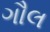
ગૌલ